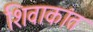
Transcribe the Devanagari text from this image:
शिवाकांत